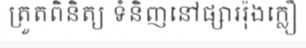
ត្រួតពិនិត្យ ទំនិញនៅផ្សាររ៉ុងក្លឿ